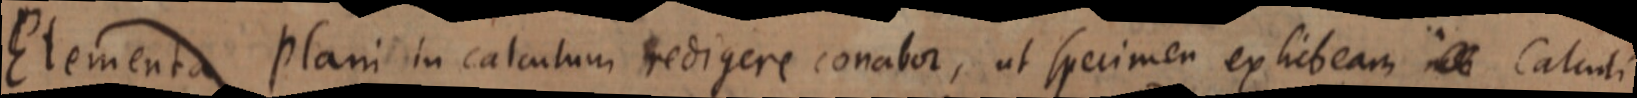
Elementa plani in calculum redigere conabor, ut specimen exhibeam _ Calculi